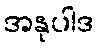
အနုပါဒ